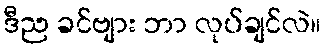
ဒီည ခင်ဗျား ဘာ လုပ်ချင်လဲ။